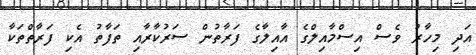
އަދި މިހާރު ވެސް އިސްމާއިލްގެ އާއިލާގެ ފަރާތުން ސަރުކާރާއި ތަފާތު އެކި ފަރާތްތަކާ